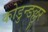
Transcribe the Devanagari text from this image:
कोडुन्ङल्लूर